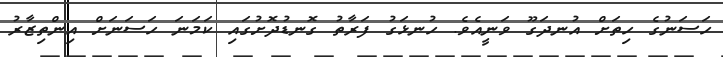
ހަސަނުގެ ހިތަށް އުނދަގޫ ވަނީއެވެ. ހުނޅަގު ފަރާތު ގޮނޑުދޮށުގައި ކަމަނަ ހަސަނަށް އިންތިޒާރު